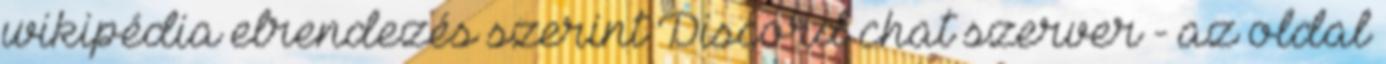
wikipédia elrendezés szerint Discord chat szerver - az oldal